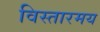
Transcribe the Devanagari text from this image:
विस्तारमय